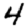
Digit: 4